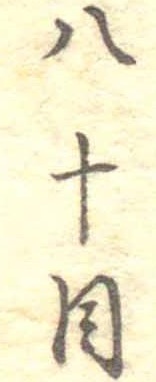
八十目